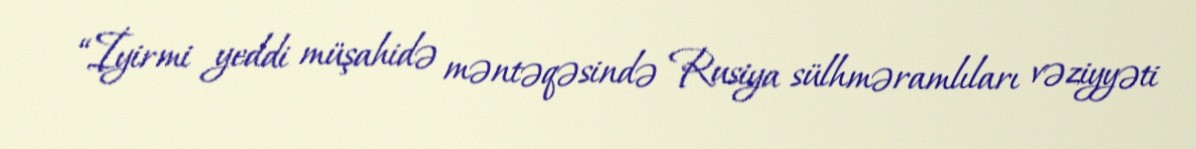
“İyirmi yeddi müşahidə məntəqəsində Rusiya sülhməramlıları vəziyyəti